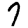
Digit: 7